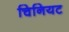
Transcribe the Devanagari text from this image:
चिनियट